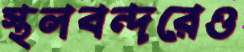
স্থলবন্দরেও